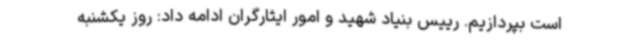
است بپردازیم. رییس بنیاد شهید و امور ایثارگران ادامه داد: روز یکشنبه